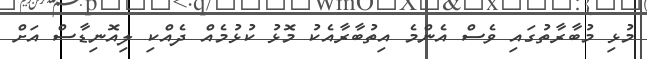
މުޅި މުބާރާތުގައި ވެސް އެންމެ އިތުބާރާއެކު މޮޅު ކުޅުމެއް ދެއްކި ލިއޮނިޑާސް އަށް